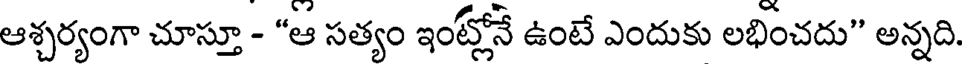
ఆశ్చర్యంగా చూస్తూ - "ఆ సత్యం ఇంట్లోనే ఉంటే ఎందుకు లభించదు" అన్నది.